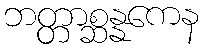
ဘတ္တာစ္ဆန္နကေန